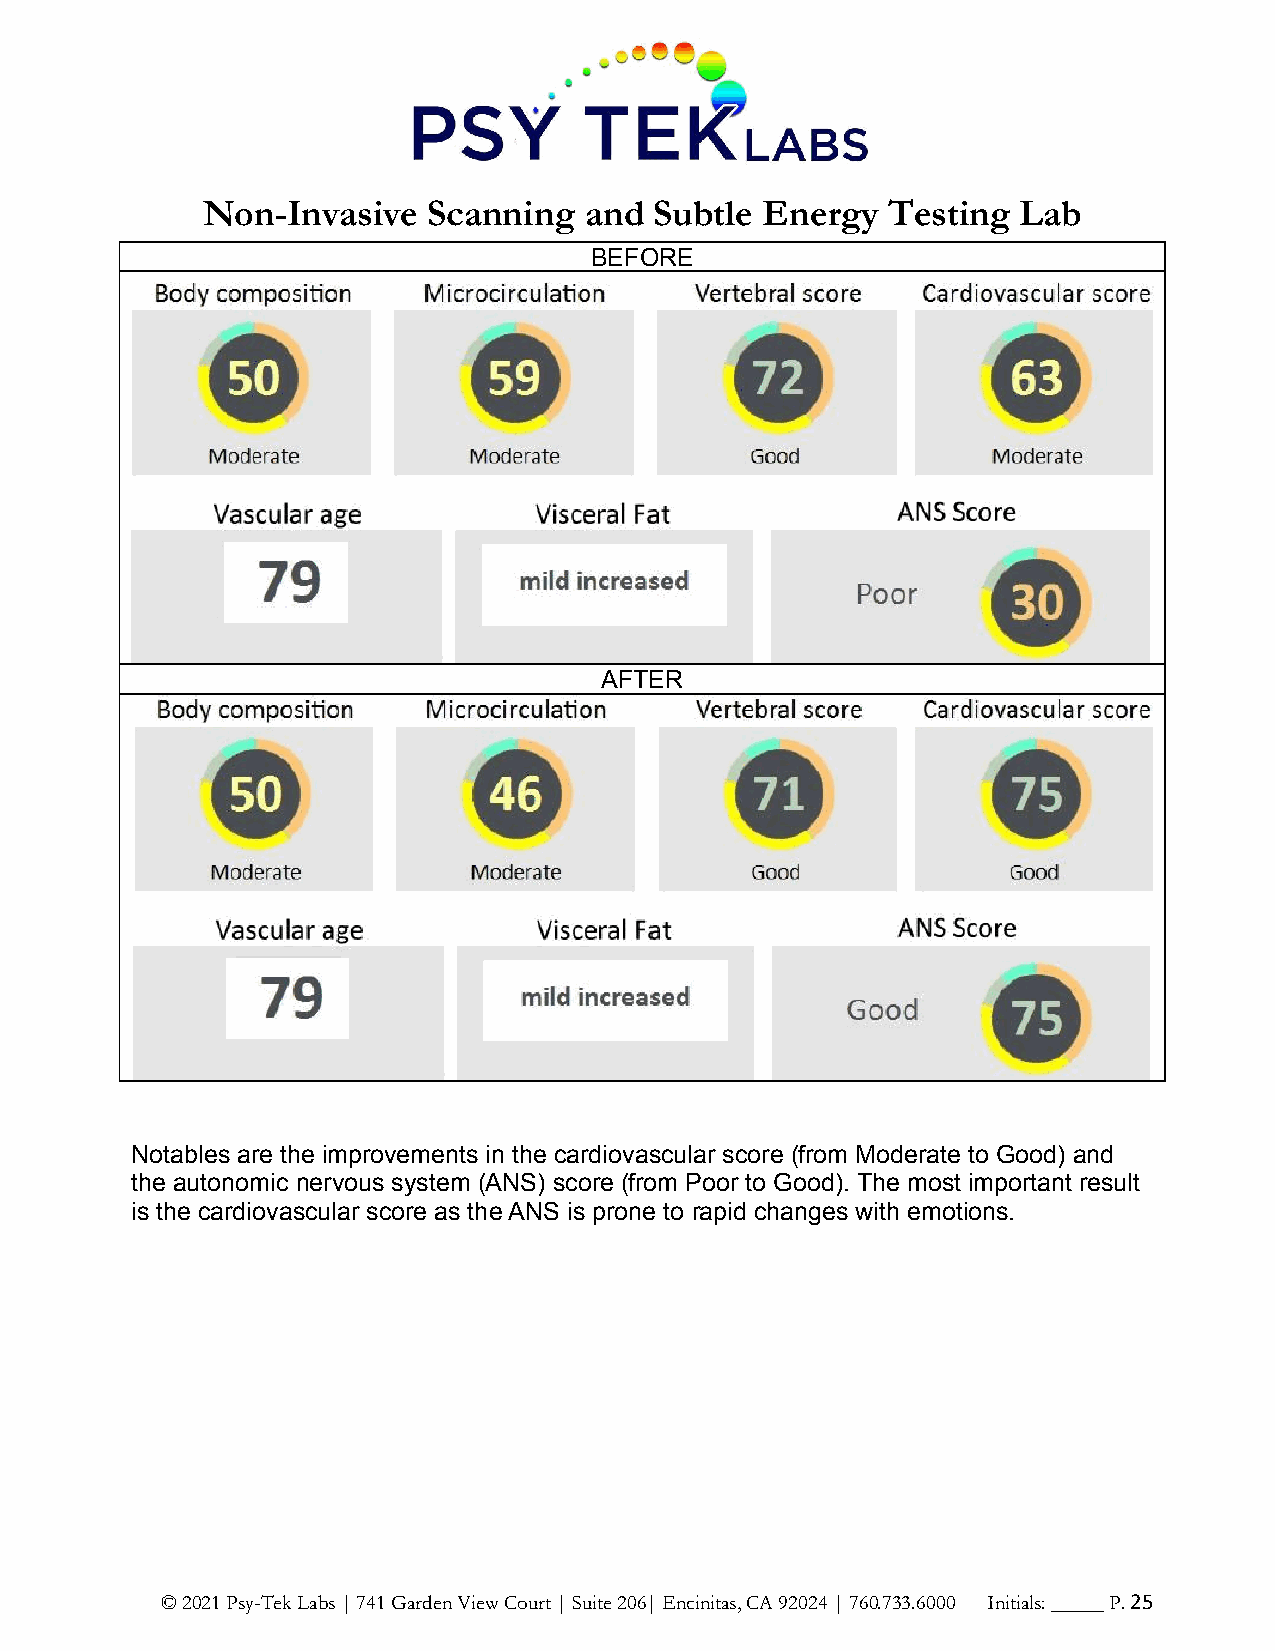
Non-Invasive   Scanning   and Subtle Energy   Testing  Lab
 BEFORE
 AFTER
 Notables are the improvements in the cardiovascular score (from Moderate to Good) and
 the autonomic nervous system (ANS) score (from Poor to Good). The most important result
 is the cardiovascular score as the ANS is prone to rapid changes with emotions.
 © 2021 Psy-Tek Labs | 741 Garden View Court | Suite 206| Encinitas, CA 92024 | 760.733.6000 Initials: _____ P. 25